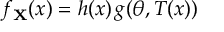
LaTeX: f _ { \mathbf { X } } ( x ) = h ( x ) \, g ( \theta , T ( x ) )